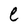
Character: e